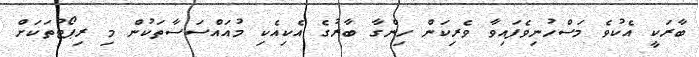
ބާރަކީ އެކުވެ މަސްހުނިވެފައިވާ ވެރިކަން ހިންގާ ބާރުގެ އެކިއެކި މުއައްސަސާތަކުން މި ރިޕޯޓުތަކަށް